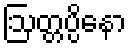
ဩတ္တပ္ပိနော